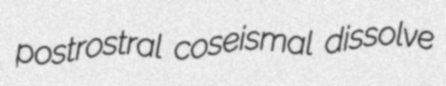
postrostral coseismal dissolve